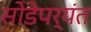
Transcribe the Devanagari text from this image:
सोडेपर्यंत